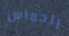
الحماس